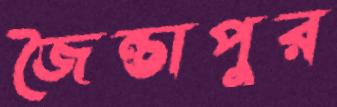
জৈন্তাপুর